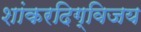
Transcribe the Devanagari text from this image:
शांकरदिग्विजय